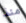
منذ